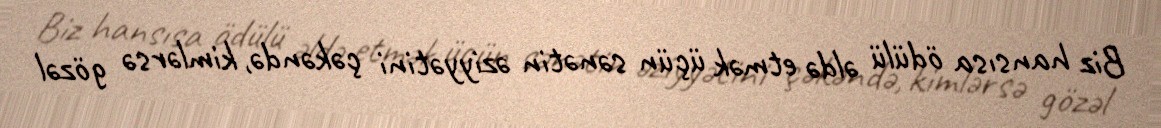
Biz hansısa ödülü əldə etmək üçün sənətin əziyyətini çəkəndə, kimlərsə gözəl